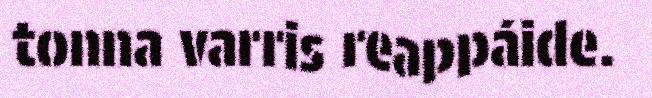
tonna varris reappáide.